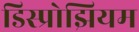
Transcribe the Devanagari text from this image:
डिस्प्रोझियम